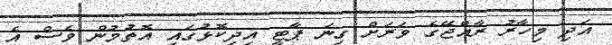
އަދި މިހާރު ރާއްޖޭގެ ވަރަށް ގިނަ ޕާޓީ އިދިކޮޅުގައި އޮތުމުން ވެސް އެ